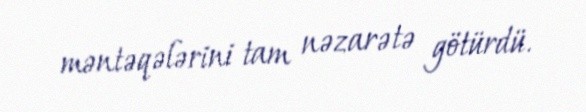
məntəqələrini tam nəzarətə götürdü.